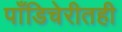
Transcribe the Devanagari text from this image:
पाँडिचेरीतही